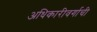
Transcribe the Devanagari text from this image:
अधिकारीवर्गाची